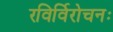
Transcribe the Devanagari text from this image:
रविर्विरोचनः